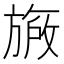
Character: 𬀐